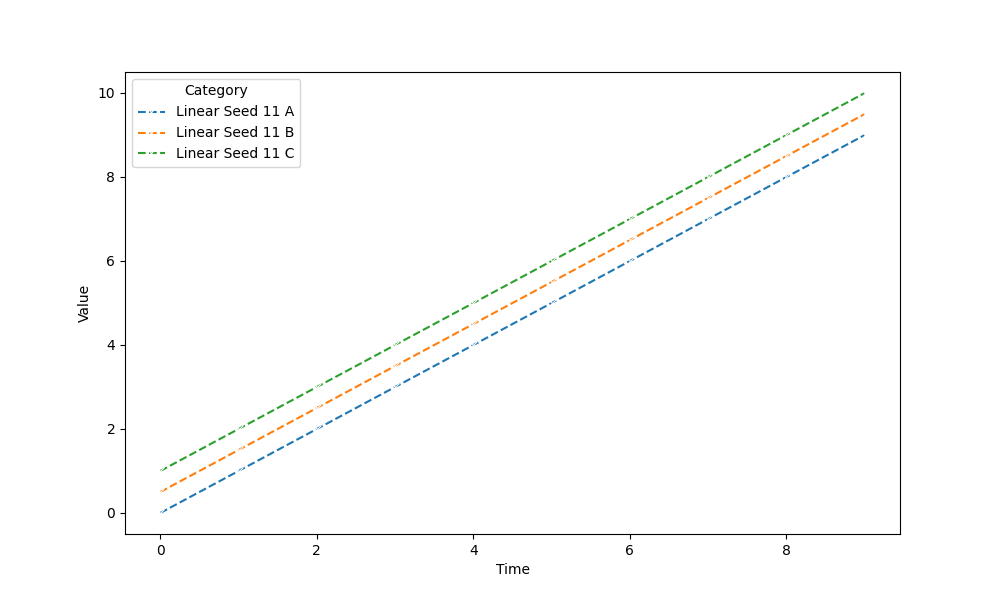
python, seaborn, lineplot, style='dashed', marker='x'